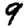
Digit: 9